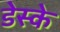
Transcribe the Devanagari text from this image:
डेस्के